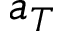
a _ { T }